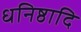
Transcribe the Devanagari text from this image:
धनिष्ठादि